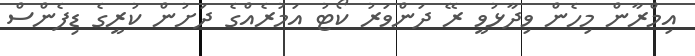
އިމްރާން މިހެން ވިދާޅުވީ ރޭ ދަންވަރު ކޯޓު އަމުރެއްގެ ދަށުން ކުރީގެ ޑިފެންސް